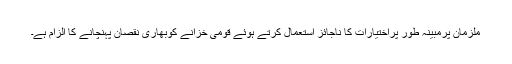
ملزمان پرمبینہ طور پراختیارات کا ناجائز استعمال کرتے ہوئے قومی خزانے کوبھاری نقصان پہنچانے کا الزام ہے۔